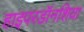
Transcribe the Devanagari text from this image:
हाइपरडॉनशिया